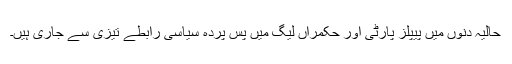
حالیہ دنوں میں پیپلز پارٹی اور حکمراں لیگ میں پس پردہ سیاسی رابطے تیزی سے جاری ہیں۔